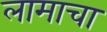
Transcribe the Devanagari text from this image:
लामाचा